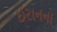
ઈરાનના